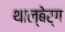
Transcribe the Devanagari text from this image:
थाल्बेर्ग